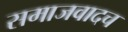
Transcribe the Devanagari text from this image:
समाजवादच